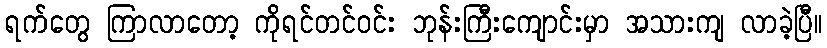
ရက်တွေ ကြာလာတော့ ကိုရင်တင်ဝင်း ဘုန်းကြီးကျောင်းမှာ အသားကျ လာခဲ့ပြီ။